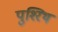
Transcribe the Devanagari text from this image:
पुश्‍रिथ